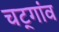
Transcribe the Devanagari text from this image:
चट्गांव